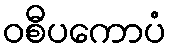
ဝစီပကောပံ